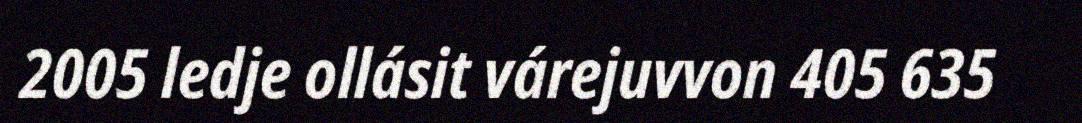
2005 ledje ollásit várejuvvon 405 635